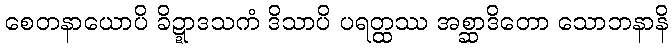
စေတနာယောပိ ခိဍ္ဍာဒသကံ ဒိသာပိ ပရတ္ထဿ အစ္ဆာဒိတော သောဘနာနိ